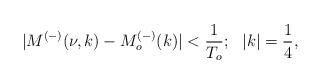
LaTeX: \begin{align*}|M^{(-)}(\nu,k)-M^{(-)}_o(k)|<\frac{1}{T_o};~~|k|=\frac{1}{4},\end{align*}